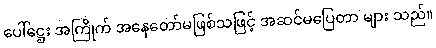
ပေါ်ဋ္ဌေး အကြိုက် အနေတော်မဖြစ်သဖြင့် အဆင်မပြေတာ များ သည်။